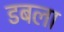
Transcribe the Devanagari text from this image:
डबला